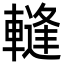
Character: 䡫